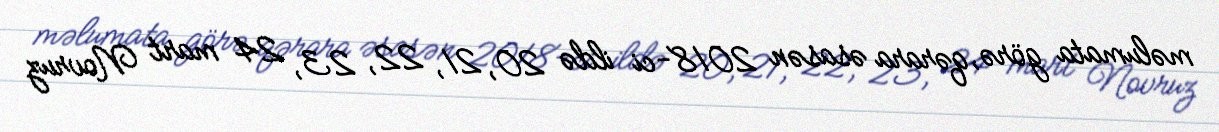
məlumata görə, qərara əsasən 2018-ci ildə 20, 21, 22, 23, 24 mart Novruz